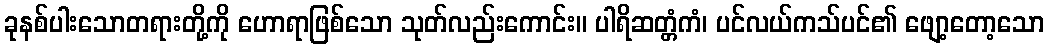
ခုနစ်ပါးသောတရားတို့ကို ဟောရာဖြစ်သော သုတ်လည်းကောင်း။ ပါရိဆတ္တံကံ၊ ပင်လယ်ကသ်ပင်၏ ဖျော့တော့သော